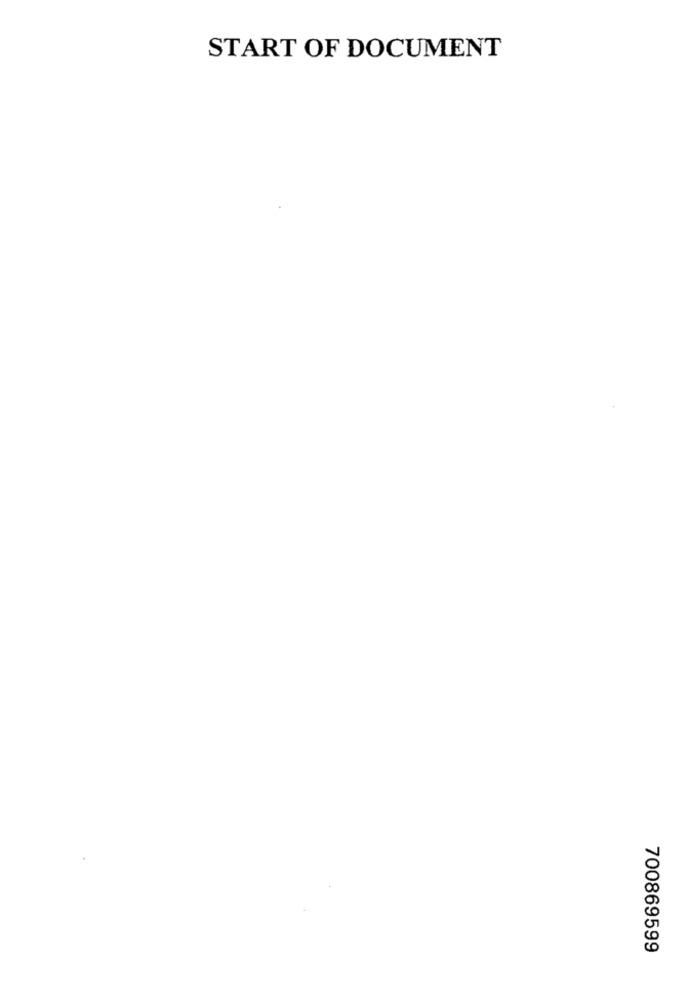
START OF DOCUMENT
700869599